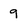
Character: 9